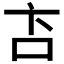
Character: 𬽅